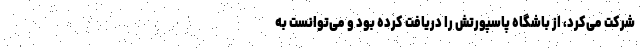
شرکت می‌کرد، از باشگاه پاسپورتش را دریافت کرده بود و می‌توانست به